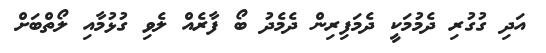
އަދި ގުގުރި ދެމުމަކީ ދެމަފިރިން ދެމެދު ބޯ ފާރެއް ލެވި ގުޅުމާއި ލޯތްބަށް